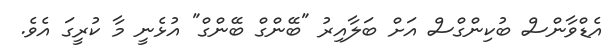
އެޑްވާންސް ބުކިންގްސް އަށް ބަލާއިރު "ބޭންގް ބޭންގް" އުޅެނީ މާ ކުރީގަ އެވެ.